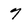
Character: 7